65_HS1-834228961_62-HQ-83894_Section_2
Agency: FBI
Page 172
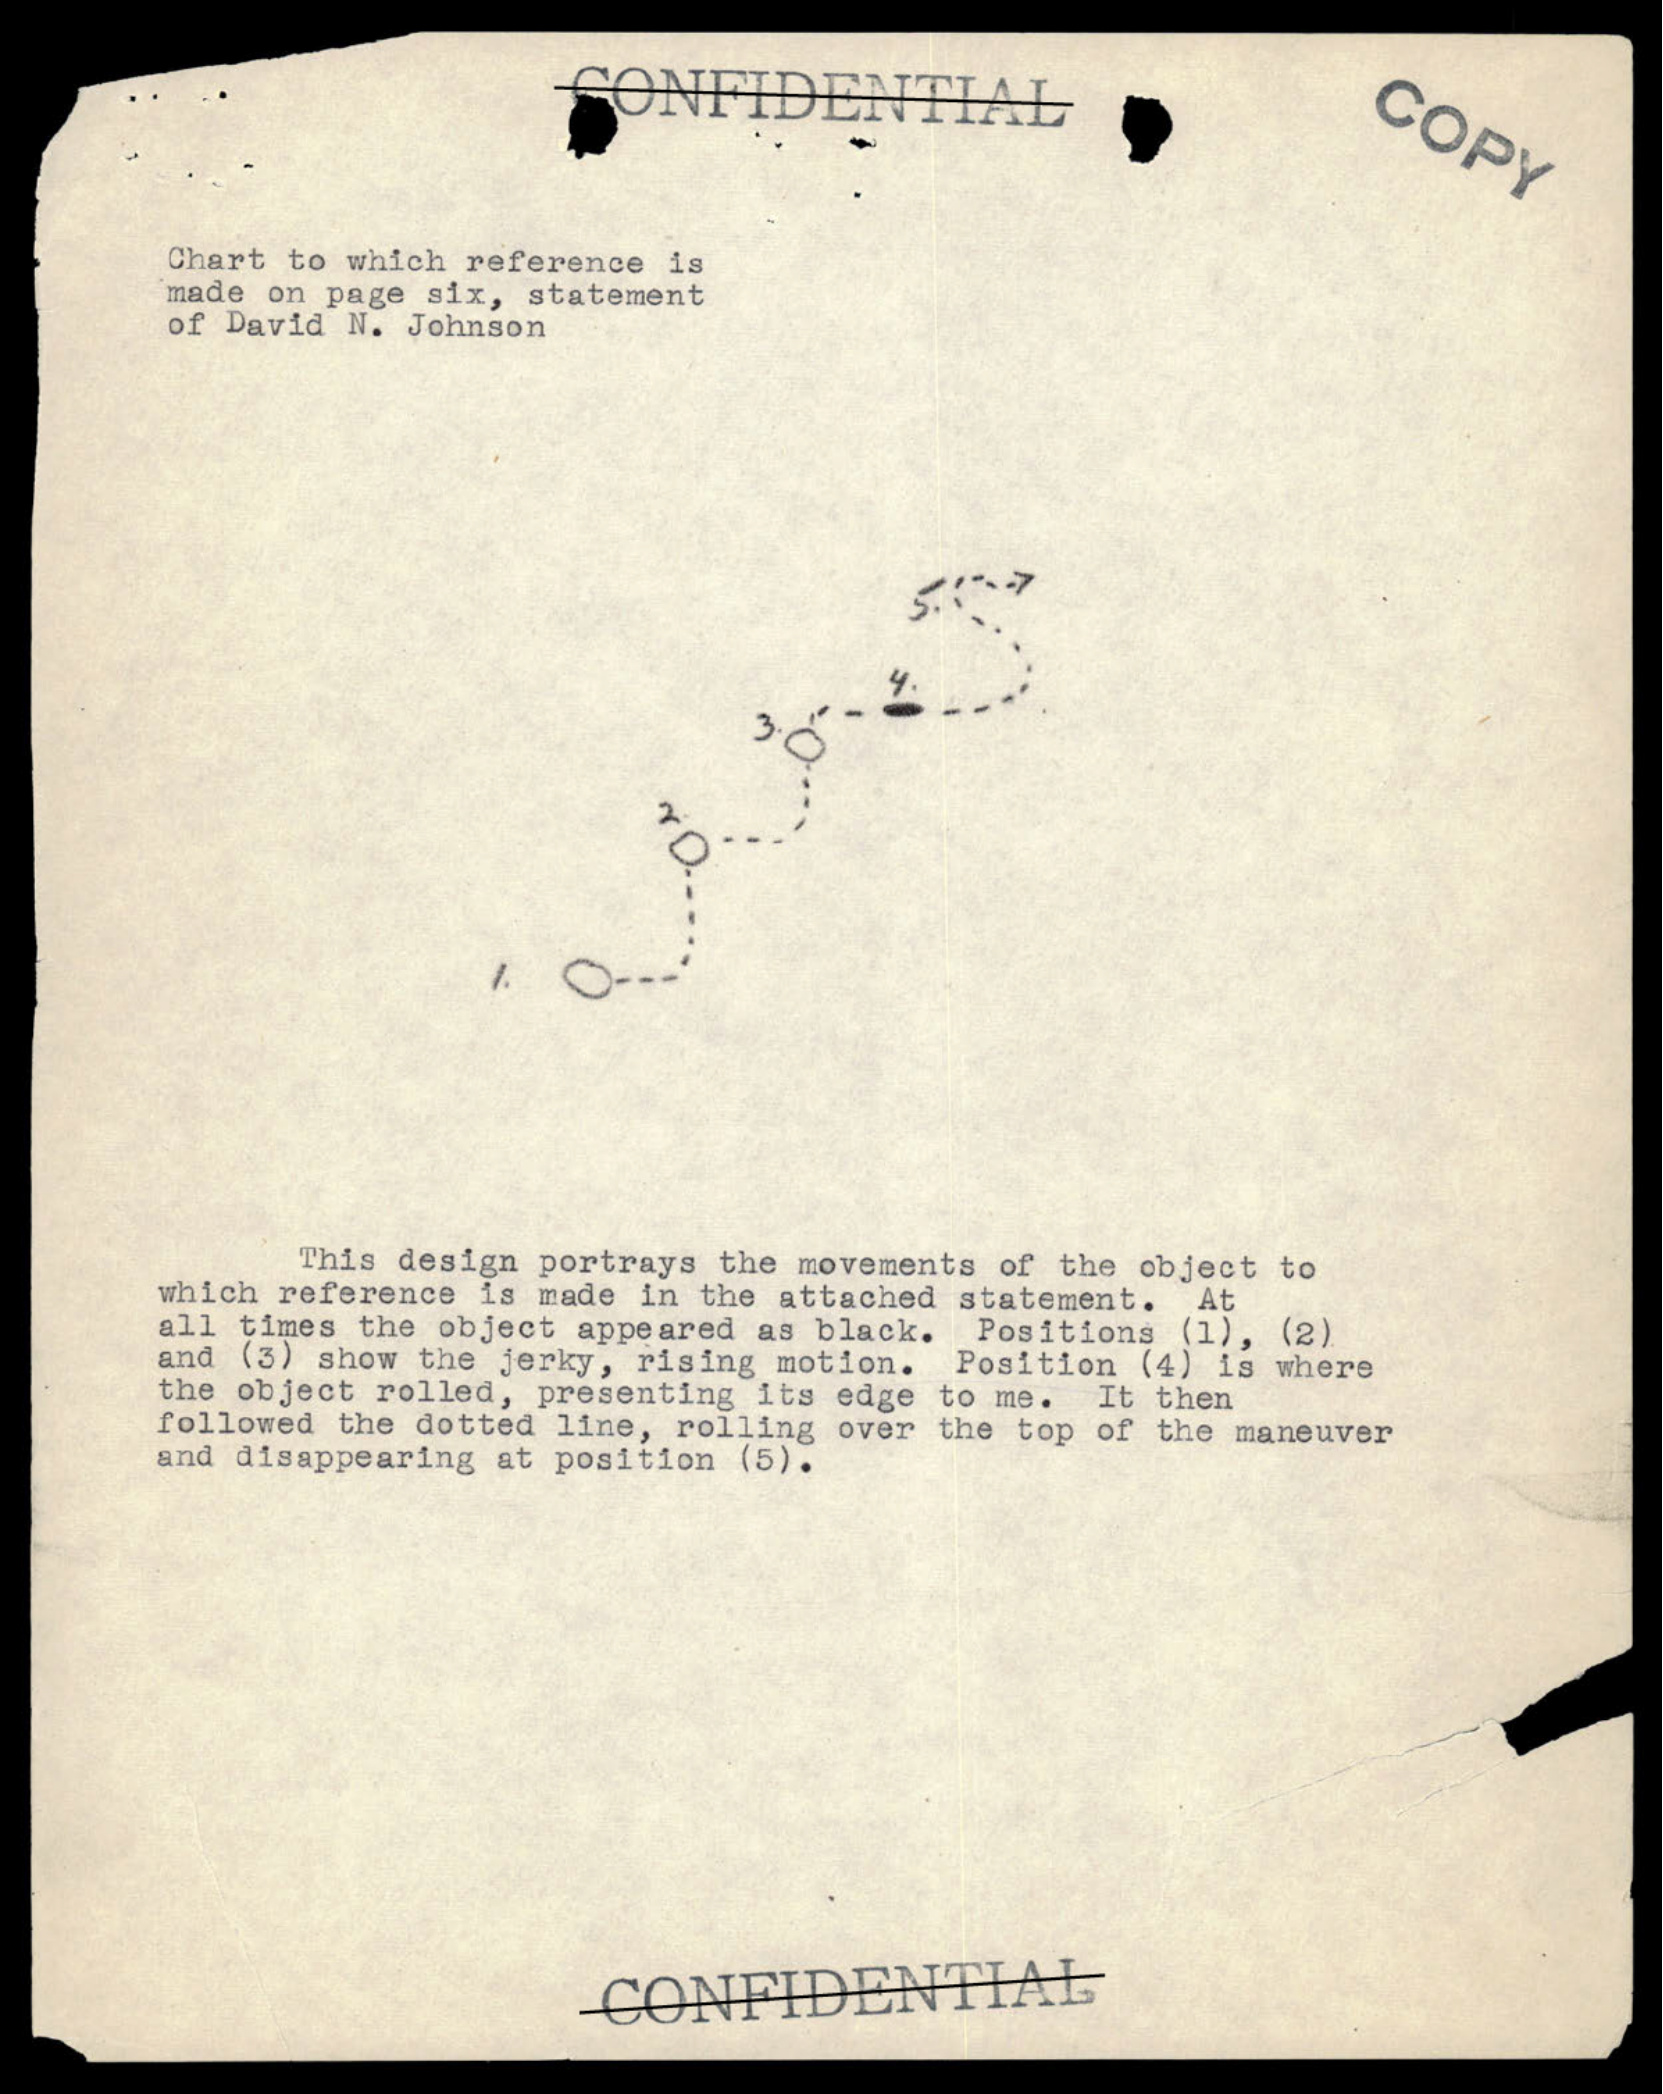